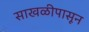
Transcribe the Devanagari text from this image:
साखळीपासून